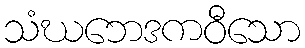
သံဃဘေဒကဝီသော